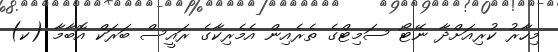
މިހާރު ކުރިއަށްދާ ނޭޓޯ ސަމިޓްގެ ތެރެއިން އެމެރިކާގެ ރައީސް ބަރަކް އޮބާމާ (ކ)